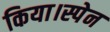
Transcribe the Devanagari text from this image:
किया।स्पेन